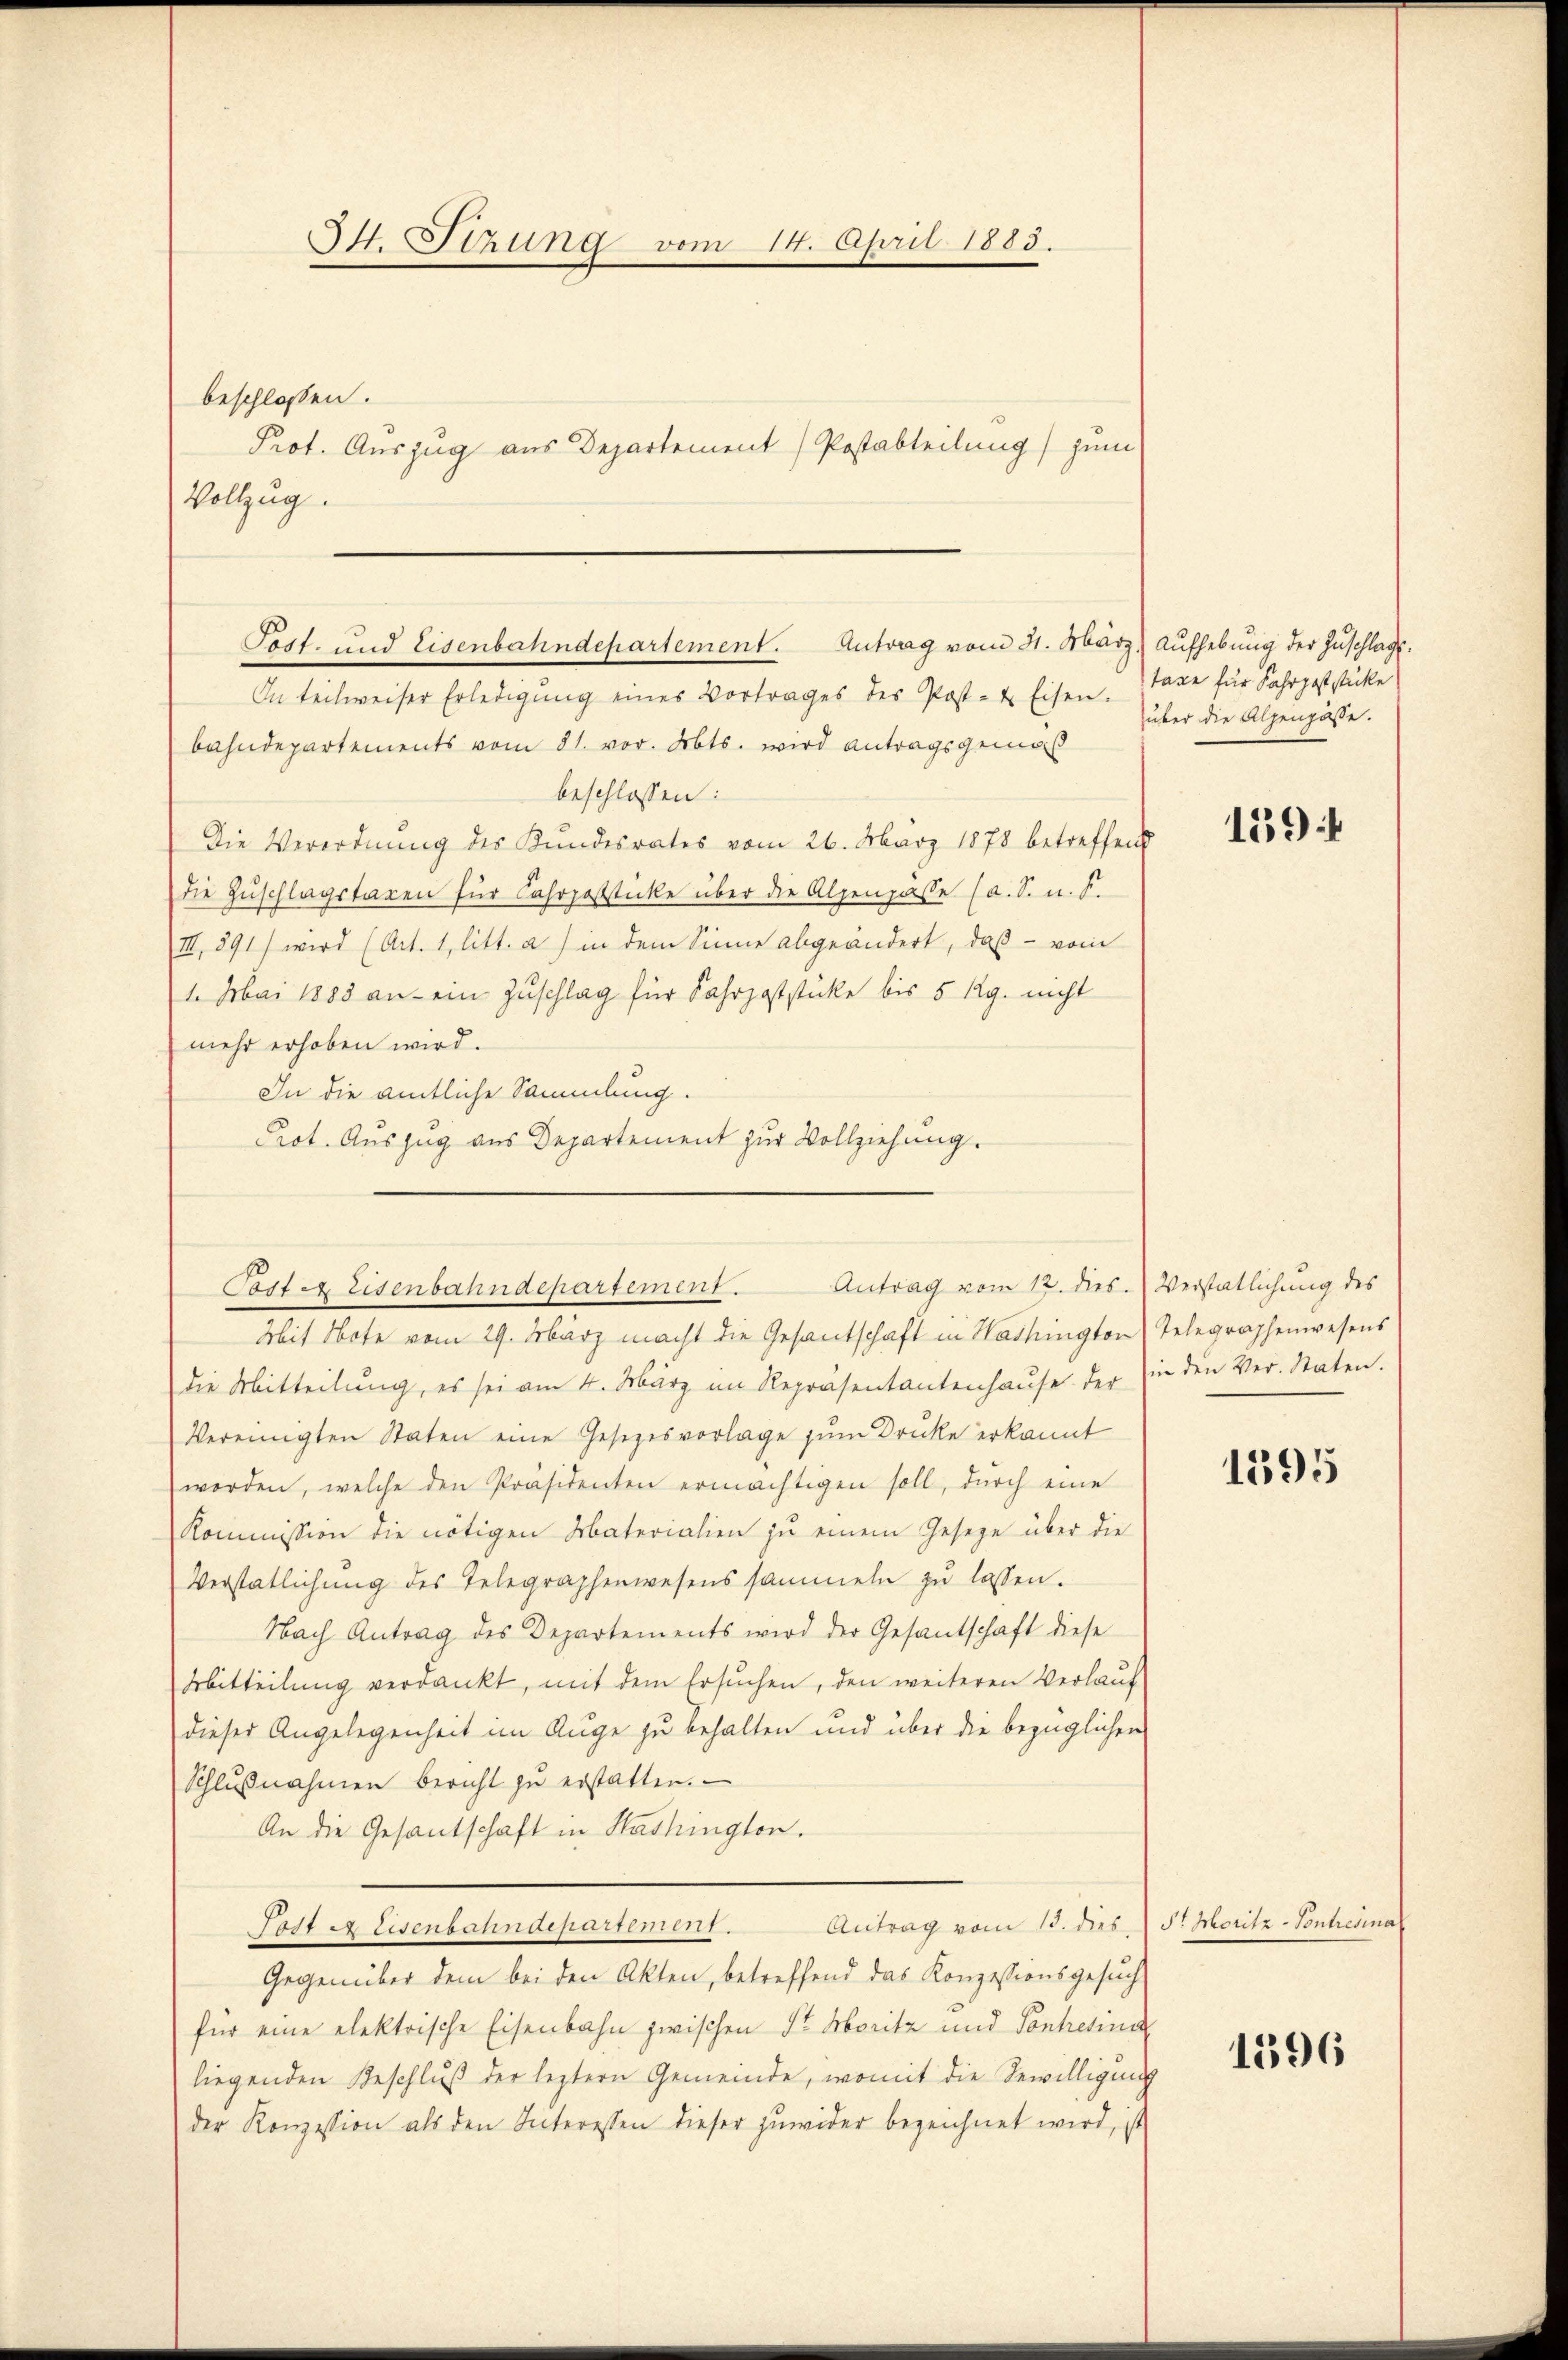
Itt. Stzung vom 14. April 1883.
beschlossen.
Prot. Auszug aus Departement) Postabteilung) zum
Vollzug.

Post- und Eisenbahndepartement. Antrag vom 31. März, Aufhebung der Zuschlags¬
In teilweiser Erledigŭng eines Vortrages des Post- & Eisen.

bahndepartements vom 31. vor. Abts. wird antragsgemäß
beschlossen:
Die Verordnung des Kundesrates vom 26. März 1878 betreffend
die Zuschlagstaxen für Fahrpoststicke über die Alpenpasse (a. S. n. F.
III. 891) wird (Art. 1, litt. a) in dem Sinne abgeändert, daß vom
1. Mai 1883 an ein Zuschlag für Fahrpoststücke bis 5 Rg. nicht
mehr erhoben wird.
In die amtliche Sammlung.
die Mitteilung, es sei am 4. März im Repräsentantenhaŭse der in den Ver-Staten.
Vereinigten Staten eine Gesezesvorlage zum Drucke erkannt
worden, welche den Präsidenten ermächtigen soll, dŭrch eine
Kommission die nötigen Materialien zu einem Geseze über die
Verstätlichung des Telegraphenwesens sammeln zŭ lassen.
Nach Antrag des Departements wird der Gesandschaft diese
Mitteilŭng verdankt, mit dem Ersŭchen, den weiteren Verlaŭf
dieser Angelegenheit im Auge zu behalten und über die bezüglichen
Schlußnahmen bericht zŭ erstatten.
An die Gesantschaft in Washington.
Tott in Eisenbahndepartement. Antrag vom 13. dies, St. Moritz - Vontresia
Gegenüber dem bei den Akten, betreffend das Konzessionsgesuch
für eine elektrische Eisenbahn zwischen Sr. Moritz und Contretina
liegenden Beschluß der leztern Gemeinde, womit die Bewilligung
der Konzession als den Interessen dieser zŭwider bezeichnet wird, ist

Prot. Auszug aus Departement zur Vollziehung.
Post es Eisenbahndepartement. Antrag vom 12. dies. Verstätlichung des
Mit Note vom 29. März macht die Gesantschaft in Washington Telegraphenwesens

taxe für Fahrpoststücke
über die Alpenpässe.

159:

1595

1596